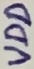
Text: VDD